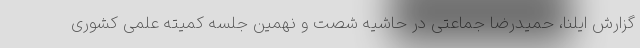
گزارش ایلنا، حمیدرضا جماعتی در حاشیه شصت و نهمین جلسه کمیته علمی کشوری